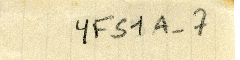
YFS1A-7